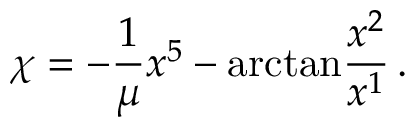
\chi = - \frac { 1 } { \mu } x ^ { 5 } - \mathrm { a r c t a n } \frac { x ^ { 2 } } { x ^ { 1 } } \, .